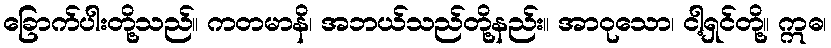
ခြောက်ပါးတို့သည်။ ကတမာနိ၊ အဘယ်သည်တို့နည်း။ အာဝုသော၊ ငါ့ရှင်တို့။ ဣဓ၊